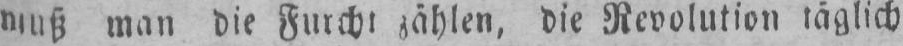
man die Furcht zählen, die Revolution täglich